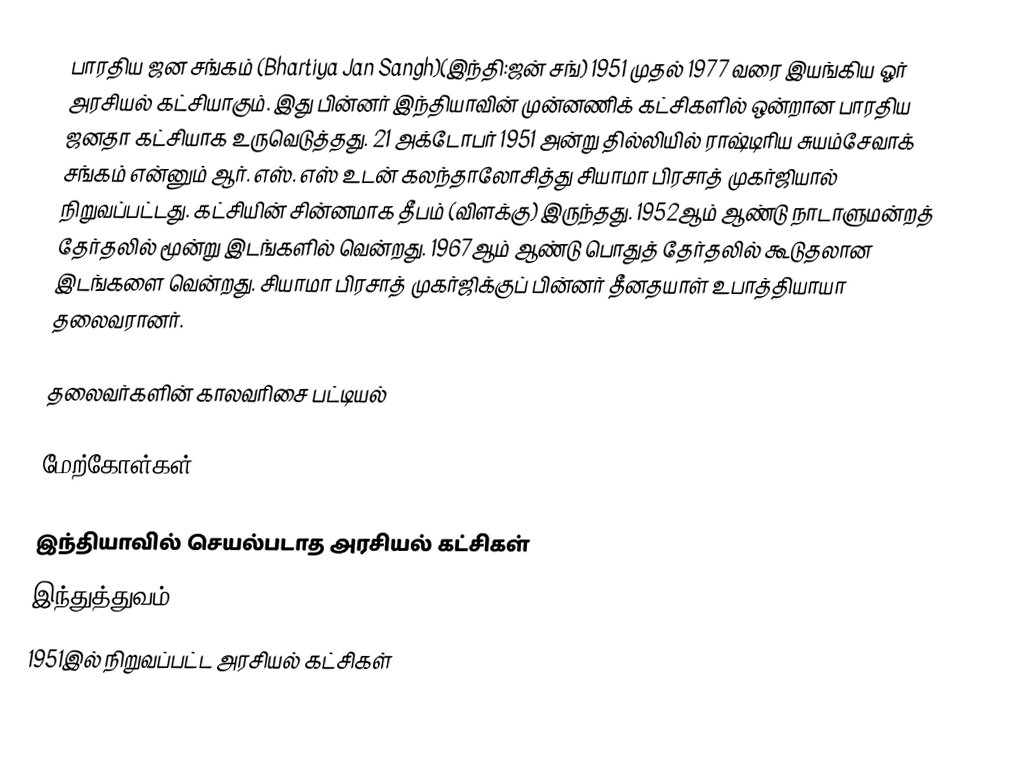
பாரதிய ஜன சங்கம் (Bhartiya Jan Sangh)(இந்தி:ஜன் சங்) 1951 முதல் 1977 வரை இயங்கிய ஓர் அரசியல் கட்சியாகும். இது பின்னர் இந்தியாவின் முன்னணிக் கட்சிகளில் ஒன்றான பாரதிய ஜனதா கட்சியாக உருவெடுத்தது. 21 அக்டோபர் 1951 அன்று தில்லியில் ராஷ்டிரிய சுயம்சேவாக் சங்கம் என்னும் ஆர். எஸ். எஸ் உடன் கலந்தாலோசித்து சியாமா பிரசாத் முகர்ஜியால் நிறுவப்பட்டது. கட்சியின் சின்னமாக தீபம் (விளக்கு) இருந்தது. 1952ஆம் ஆண்டு நாடாளுமன்றத் தேர்தலில் மூன்று இடங்களில் வென்றது. 1967ஆம் ஆண்டு பொதுத் தேர்தலில் கூடுதலான இடங்களை வென்றது. சியாமா பிரசாத் முகர்ஜிக்குப் பின்னர் தீனதயாள் உபாத்தியாயா தலைவரானர்.

தலைவர்களின் காலவரிசை பட்டியல்

மேற்கோள்கள்

இந்தியாவில் செயல்படாத அரசியல் கட்சிகள்
இந்துத்துவம்
1951இல் நிறுவப்பட்ட அரசியல் கட்சிகள்